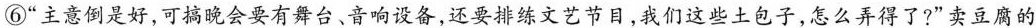
⑥”主意倒是好，可搞晚会要有舞台、音响设备，还要排练文艺节目，我们这些土包子，怎么弄得了?”卖豆腐的